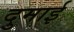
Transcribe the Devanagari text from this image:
दुमाई